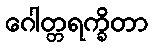
ဂေါတ္တရက္ခိတာ